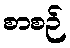
စာစဉ်